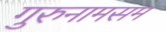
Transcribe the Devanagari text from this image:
गुरुनामसमं